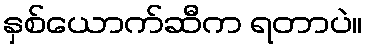
နှစ်ယောက်ဆီက ရတာပဲ။